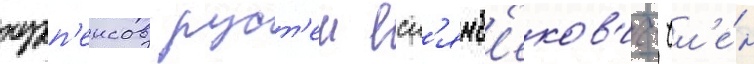
нурп'еисов руст'ем есл'ямб'еков'ич- чл'е́н